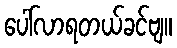
ပေါ်လာရတယ်ခင်ဗျ။